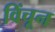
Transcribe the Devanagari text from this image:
विंचून